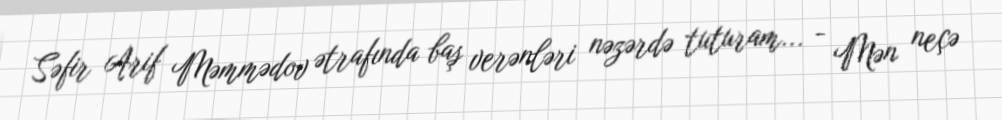
Səfir Arif Məmmədov ətrafında baş verənləri nəzərdə tuturam... - Mən neçə